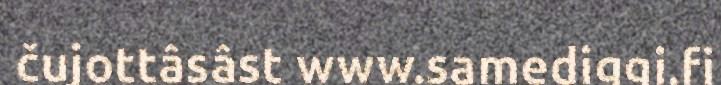
čujottâsâst www.samediggi.fi